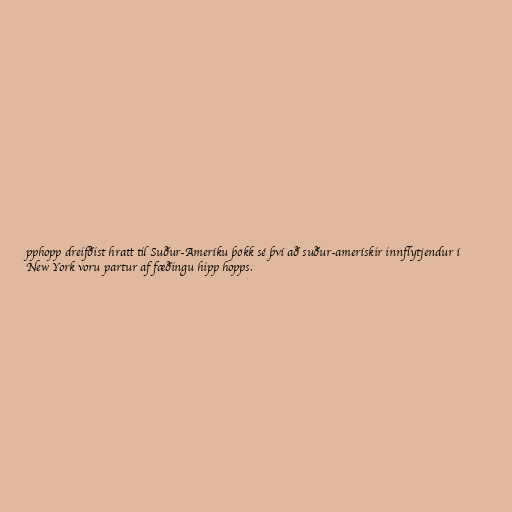
pphopp dreifðist hratt til Suður-Ameríku þökk sé því að suður-amerískir innflytjendur í
New York voru partur af fæðingu hipp hopps.